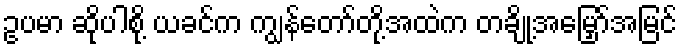
ဥပမာ ဆိုပါစို့ ယခင်က ကျွန်တော်တို့အထဲက တချို့အမြှော်အမြင်